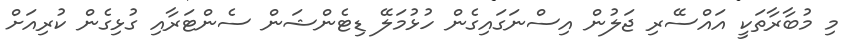
މި މުބާރާތަކީ އައްސޭރި ޖަލުން އިސްނަގައިގެން ހުޅުމަލޭ ޑިޓެންޝަން ސެންޓަރާއި ގުޅިގެން ކުރިއަށް